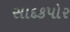
સાદકપોર